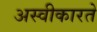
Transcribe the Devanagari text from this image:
अस्‍वीकारते